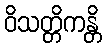
ဝိသတ္တိကန္တိ